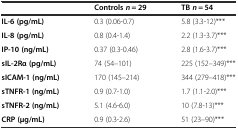
<table><thead><tr><td></td><td><b>Controls<i>n</i> = 29</b></td><td><b>TB<i>n</i> = 54</b></td></tr></thead><tbody><tr><td><b>IL-6 (pg/mL)</b></td><td>0.3 (0.06-0.7)</td><td>5.8 (3.3-12)***</td></tr><tr><td><b>IL-8 (pg/mL)</b></td><td>0.8 (0.4-1.4)</td><td>2.2 (1.3-3.7)***</td></tr><tr><td><b>IP-10 (ng/mL)</b></td><td>0.37 (0.3-0.46)</td><td>2.8 (1.6-3.7)***</td></tr><tr><td><b>sIL-2Rα (pg/mL)</b></td><td>74 (54–101)</td><td>225 (152–349)***</td></tr><tr><td><b>sICAM-1 (ng/mL)</b></td><td>170 (145–214)</td><td>344 (279–418)***</td></tr><tr><td><b>sTNFR-1 (ng/mL)</b></td><td>0.9 (0.7-1.0)</td><td>1.7 (1.1-2.0)***</td></tr><tr><td><b>sTNFR-2 (ng/mL)</b></td><td>5.1 (4.6-6.0)</td><td>10 (7.8-13)***</td></tr><tr><td><b>CRP (μg/mL)</b></td><td>0.9 (0.3-2.6)</td><td>51 (23–90)***</td></tr></tbody></table>